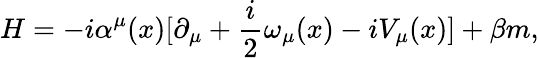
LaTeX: H=-i\alpha^{\mu}(x)[\partial_{\mu}+\frac{i}{2}\omega_{\mu}(x)-iV_{\mu}(x)]+\beta m,